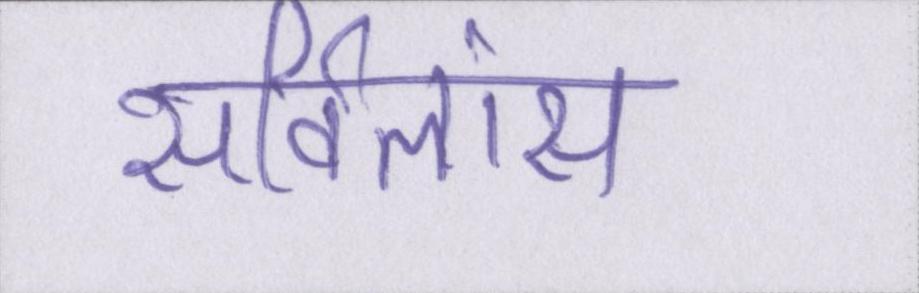
सर्विलांस